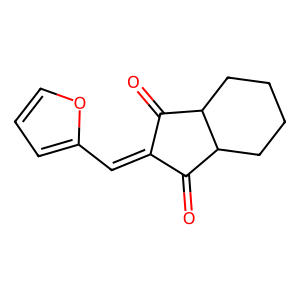
SMILES: O=C1C(=Cc2ccco2)C(=O)C2CCCCC12
Inhibits HIV replication: No